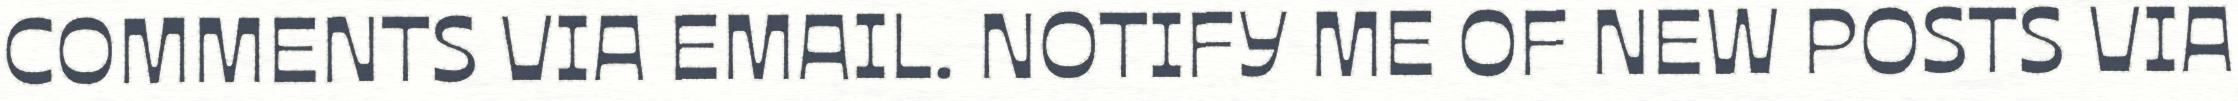
COMMENTS VIA EMAIL. NOTIFY ME OF NEW POSTS VIA